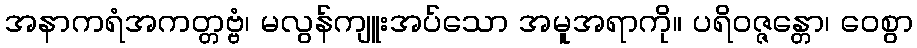
အနာကရံအကတ္တဗ္ဗံ၊ မလွန်ကျူးအပ်သော အမူအရာကို။ ပရိဝဇ္ဇန္တော၊ ဝေစွာ